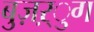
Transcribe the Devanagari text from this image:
बुज़ऱ्ुग